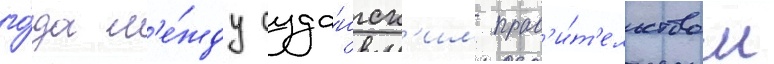
го́да м'е́жду суда́нск'им прав'и́т'ельством